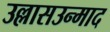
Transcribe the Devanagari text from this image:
उल्लासउन्माद